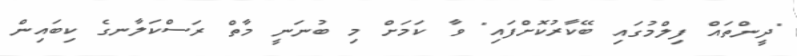
"ދީންތައް ފިލްމުގައި ބޭކާރުކޮށްފައި" ވާ ކަމަށް މި ބުނަނީ މާތް ރަސްކަލާނގެ ކިބައިން